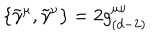
LaTeX: \{ \tilde { \gamma } ^ { \mu } , \tilde { \gamma } ^ { \nu } \} = 2 g _ { ( d - 2 ) } ^ { \mu \nu }